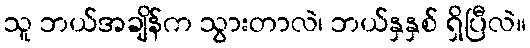
သူ ဘယ်အချိန်က သွားတာလဲ၊ ဘယ်နှနှစ် ရှိပြီလဲ။